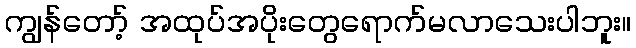
ကျွန်တော့် အထုပ်အပိုးတွေရောက်မလာသေးပါဘူး။